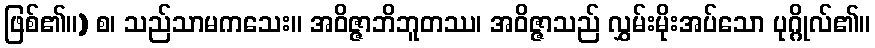
ဖြစ်၏။) စ၊ သည်သာမကသေး။ အဝိဇ္ဇာဘိဘူတဿ၊ အဝိဇ္ဇာသည် လွှမ်းမိုးအပ်သော ပုဂ္ဂိုလ်၏။